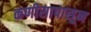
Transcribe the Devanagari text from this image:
कणीसापासून